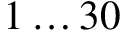
1 \ldots 3 0